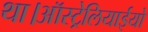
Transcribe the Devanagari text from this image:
था।ऑस्ट्रेलियाईयो